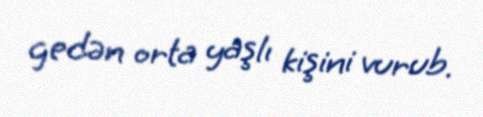
gedən orta yaşlı kişini vurub.